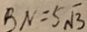
B N = 5 \sqrt { 3 }